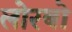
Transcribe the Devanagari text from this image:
लोरबो